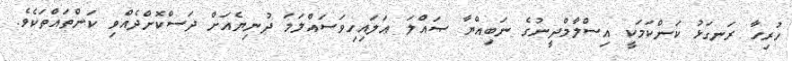
ހުރިހާ ރަނގަޅު ކަންކަމަކީ އިސްލާމްދީނުގެ ނަބިއްޔާ ޞައްލަ ޢަލައިހިވަސައްލަމަ ދުނިޔެއަށް ދަސްކޮށްދެއްވި ކަންތައްތަކެވެ.